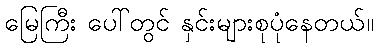
မြေကြီး ပေါ်တွင် နှင်းများစုပုံနေတယ်။